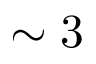
\sim 3